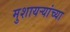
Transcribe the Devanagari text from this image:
मुशायऱ्यांच्या